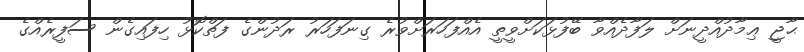
ޙާޖީ ޢިމާދުއްދީނަށް ލަފާދެއްވާ ބޭފުޅަކަށްވީތީ އެއްފަހަރަށްވުރެ ގިނަފަހަރު ރަދުންގެ ފަތްކޮޅު ހިފައިގެން ސަފީރެއްގެ